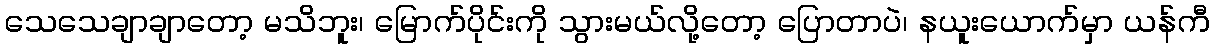
သေသေချာချာတော့ မသိဘူး၊ မြောက်ပိုင်းကို သွားမယ်လို့တော့ ပြောတာပဲ၊ နယူးယောက်မှာ ယန်ကီ